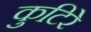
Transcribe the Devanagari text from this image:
कुटिरे